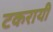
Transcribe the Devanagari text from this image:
टकरायी